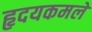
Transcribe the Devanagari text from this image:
हृदयकमले